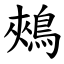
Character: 鵊